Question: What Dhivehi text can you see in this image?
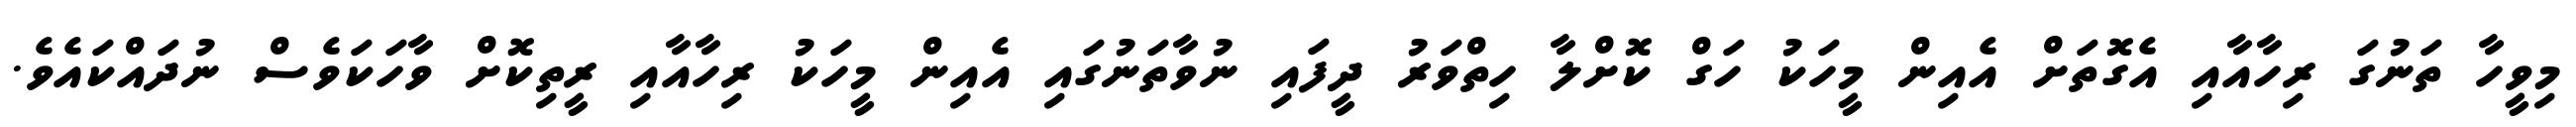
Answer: މިވީހާ ތަނުގަ ރިހާއާއި އެގޮތަށް އެއިން މީހަކު ހަގް ކޮށްލާ ހިތްވަރު ދީފައި ނުވާތަނުގައި އެއިން މީހަކު ރިހާއާއި ރީތިކޮށް ވާހަކަވެސް ނުދައްކައެވެ.